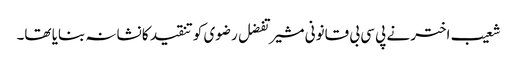
شعیب اختر نے پی سی بی قانونی مشیر تفضل رضوی کو تنقید کا نشانہ بنایا تھا۔